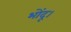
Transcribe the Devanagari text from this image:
भोंदू।